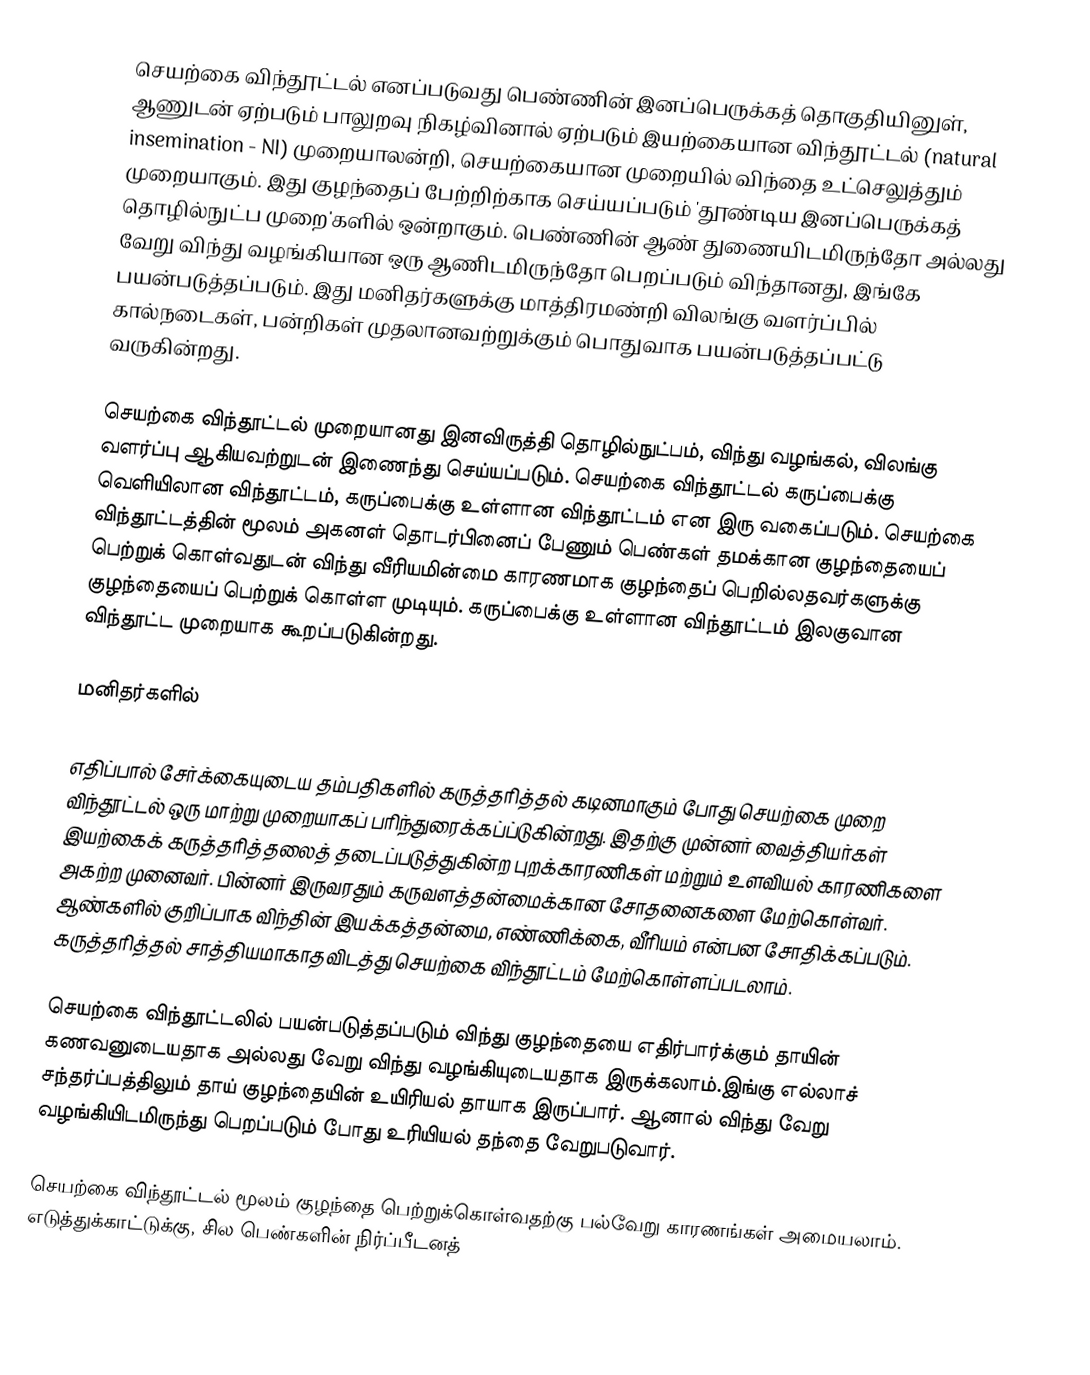
செயற்கை விந்தூட்டல் எனப்படுவது பெண்ணின் இனப்பெருக்கத் தொகுதியினுள், ஆணுடன் ஏற்படும் பாலுறவு நிகழ்வினால் ஏற்படும் இயற்கையான விந்தூட்டல் (natural insemination - NI) முறையாலன்றி, செயற்கையான முறையில் விந்தை உட்செலுத்தும் முறையாகும். இது குழந்தைப் பேற்றிற்காக செய்யப்படும் 'தூண்டிய இனப்பெருக்கத் தொழில்நுட்ப முறை'களில் ஒன்றாகும். பெண்ணின் ஆண் துணையிடமிருந்தோ அல்லது வேறு விந்து வழங்கியான ஒரு ஆணிடமிருந்தோ பெறப்படும் விந்தானது, இங்கே பயன்படுத்தப்படும்.  இது மனிதர்களுக்கு மாத்திரமண்றி விலங்கு வளர்ப்பில்  கால்நடைகள், பன்றிகள் முதலானவற்றுக்கும் பொதுவாக பயன்படுத்தப்பட்டு வருகின்றது.

செயற்கை விந்தூட்டல்  முறையானது  இனவிருத்தி தொழில்நுட்பம்,  விந்து வழங்கல், விலங்கு வளர்ப்பு ஆகியவற்றுடன் இணைந்து செய்யப்படும்.  செயற்கை விந்தூட்டல்  கருப்பைக்கு வெளியிலான விந்தூட்டம், கருப்பைக்கு உள்ளான விந்தூட்டம் என இரு வகைப்படும்.  செயற்கை விந்தூட்டத்தின் மூலம்  அகனள் தொடர்பினைப் பேணும் பெண்கள் தமக்கான குழந்தையைப் பெற்றுக் கொள்வதுடன் விந்து வீரியமின்மை காரணமாக குழந்தைப் பெறில்லதவர்களுக்கு குழந்தையைப் பெற்றுக் கொள்ள முடியும். கருப்பைக்கு உள்ளான விந்தூட்டம் இலகுவான விந்தூட்ட முறையாக கூறப்படுகின்றது.

மனிதர்களில்

எதிப்பால் சேர்க்கையுடைய தம்பதிகளில் கருத்தரித்தல் கடினமாகும் போது செயற்கை முறை விந்தூட்டல் ஒரு மாற்று முறையாகப் பரிந்துரைக்கப்ப்டுகின்றது. இதற்கு முன்னர் வைத்தியர்கள் இயற்கைக் கருத்தரித்தலைத் தடைப்படுத்துகின்ற புறக்காரணிகள் மற்றும் உளவியல் காரணிகளை அகற்ற முனைவர்.  பின்னர் இருவரதும் கருவளத்தன்மைக்கான சோதனைகளை மேற்கொள்வர். ஆண்களில் குறிப்பாக விந்தின் இயக்கத்தன்மை, எண்ணிக்கை, வீரியம் என்பன சோதிக்கப்படும். கருத்தரித்தல் சாத்தியமாகாதவிடத்து செயற்கை விந்தூட்டம் மேற்கொள்ளப்படலாம்.

செயற்கை விந்தூட்டலில் பயன்படுத்தப்படும் விந்து குழந்தையை எதிர்பார்க்கும் தாயின் கணவனுடையதாக அல்லது வேறு விந்து வழங்கியுடையதாக இருக்கலாம்.இங்கு எல்லாச் சந்தர்ப்பத்திலும் தாய் குழந்தையின் உயிரியல் தாயாக இருப்பார். ஆனால் விந்து வேறு வழங்கியிடமிருந்து பெறப்படும் போது உரியியல் தந்தை வேறுபடுவார்.

செயற்கை விந்தூட்டல் மூலம் குழந்தை பெற்றுக்கொள்வதற்கு பல்வேறு காரணங்கள் அமையலாம். எடுத்துக்காட்டுக்கு, சில பெண்களின் நிர்ப்பீடனத்